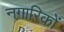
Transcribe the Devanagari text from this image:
नगारिकों